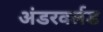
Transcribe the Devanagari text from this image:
अंडरवर्लड